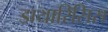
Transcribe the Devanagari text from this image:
डायारिसिस